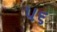
૫૬